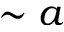
\sim a